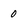
Character: 0